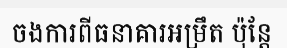
ចងការពីធនាគារអម្រឹត ប៉ុន្តែ